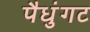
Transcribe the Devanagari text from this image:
पैधुंगट